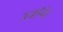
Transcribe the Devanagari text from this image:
उठाएँगे।